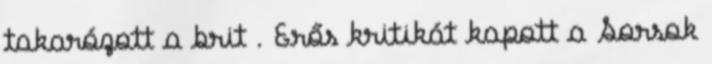
takarózott a brit . Erős kritikát kapott a Sorsok